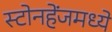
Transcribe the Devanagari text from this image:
स्टोनहेंजमध्ये